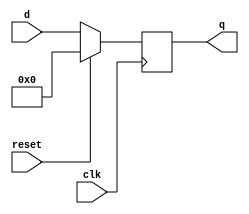
module top_module (
    input clk,
    input reset,         
    input [7:0] d,
    output [7:0] q
);
    always @(posedge clk) begin
        if(reset) q<=8'b0; //当复位信号为1时，此处我们默认清零
        else      q<=d;
    end

endmodule